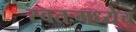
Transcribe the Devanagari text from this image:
स्वतःमध्येच